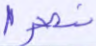
نصرا